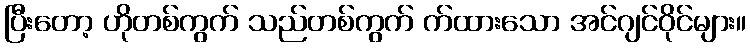
ပြီးတော့ ဟိုတစ်ကွက် သည်တစ်ကွက် က်ထားသော အင်ဂျင်ဝိုင်များ။